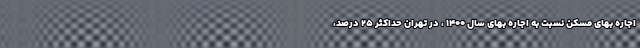
اجاره بهای مسکن نسبت به اجاره بهای سال ۱۴۰۰ ، در تهران حداکثر ۲۵ درصد،